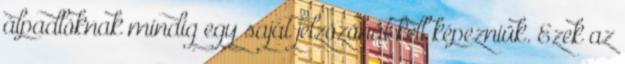
álpadlóknak mindig egy saját jelzõzónát kell képezniük. Ezek az